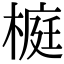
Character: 榳